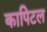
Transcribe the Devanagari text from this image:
कापिटल